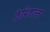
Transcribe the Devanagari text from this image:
क्रेपितान्स